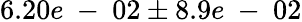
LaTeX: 6.20e\mathrm{~-~}02\pm 8.9e\mathrm{~-~}02